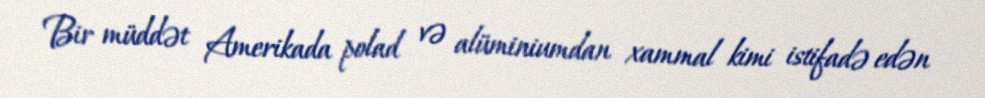
Bir müddət Amerikada polad və alüminiumdan xammal kimi istifadə edən